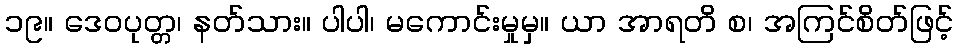
၁၉။ ဒေဝပုတ္တ၊ နတ်သား။ ပါပါ၊ မကောင်းမှုမှ။ ယာ အာရတိ စ၊ အကြင်စိတ်ဖြင့်